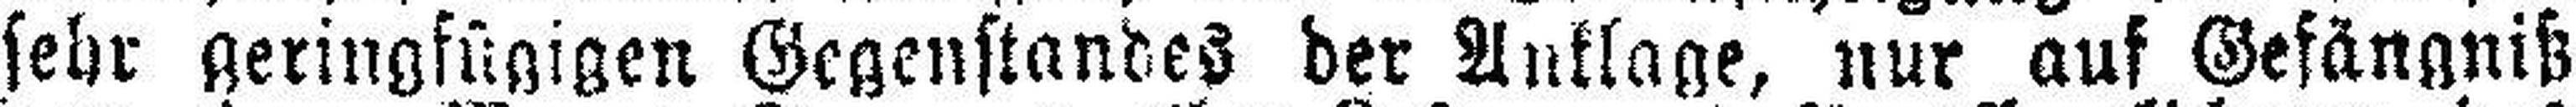
sehr geringfügigen Gegenstandes der Anklage, nur auf Gefängniß